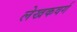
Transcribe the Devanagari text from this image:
लेखकवर्ग